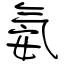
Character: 氨